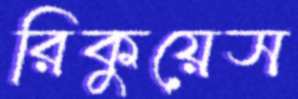
রিকুয়েস